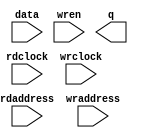
// megafunction wizard: %RAM: 2-PORT%VBB%
// GENERATION: STANDARD
// VERSION: WM1.0
// MODULE: altsyncram 

// ============================================================
// Megafunction Name(s):
// 			altsyncram
//
// Simulation Library Files(s):
// 			altera_mf
// ============================================================
// ************************************************************
// THIS IS A WIZARD-GENERATED FILE. DO NOT EDIT THIS FILE!
//
// 20.1.1 Build 720 11/11/2020 SJ Standard Edition
// ************************************************************

//Copyright (C) 2020  Intel Corporation. All rights reserved.
//Your use of Intel Corporation's design tools, logic functions 
//and other software and tools, and any partner logic 
//functions, and any output files from any of the foregoing 
//(including device programming or simulation files), and any 
//associated documentation or information are expressly subject 
//to the terms and conditions of the Intel Program License 
//Subscription Agreement, the Intel Quartus Prime License Agreement,
//the Intel FPGA IP License Agreement, or other applicable license
//agreement, including, without limitation, that your use is for
//the sole purpose of programming logic devices manufactured by
//Intel and sold by Intel or its authorized distributors.  Please
//refer to the applicable agreement for further details, at
//https://fpgasoftware.intel.com/eula.

module mf_linebuf (
	data,
	rdaddress,
	rdclock,
	wraddress,
	wrclock,
	wren,
	q);

	input	[15:0]  data;
	input	[10:0]  rdaddress;
	input	  rdclock;
	input	[10:0]  wraddress;
	input	  wrclock;
	input	  wren;
	output	[15:0]  q;
`ifndef ALTERA_RESERVED_QIS
// synopsys translate_off
`endif
	tri1	  wrclock;
	tri0	  wren;
`ifndef ALTERA_RESERVED_QIS
// synopsys translate_on
`endif

endmodule

// ============================================================
// CNX file retrieval info
// ============================================================
// Retrieval info: PRIVATE: ADDRESSSTALL_A NUMERIC "0"
// Retrieval info: PRIVATE: ADDRESSSTALL_B NUMERIC "0"
// Retrieval info: PRIVATE: BYTEENA_ACLR_A NUMERIC "0"
// Retrieval info: PRIVATE: BYTEENA_ACLR_B NUMERIC "0"
// Retrieval info: PRIVATE: BYTE_ENABLE_A NUMERIC "0"
// Retrieval info: PRIVATE: BYTE_ENABLE_B NUMERIC "0"
// Retrieval info: PRIVATE: BYTE_SIZE NUMERIC "8"
// Retrieval info: PRIVATE: BlankMemory NUMERIC "1"
// Retrieval info: PRIVATE: CLOCK_ENABLE_INPUT_A NUMERIC "0"
// Retrieval info: PRIVATE: CLOCK_ENABLE_INPUT_B NUMERIC "0"
// Retrieval info: PRIVATE: CLOCK_ENABLE_OUTPUT_A NUMERIC "0"
// Retrieval info: PRIVATE: CLOCK_ENABLE_OUTPUT_B NUMERIC "0"
// Retrieval info: PRIVATE: CLRdata NUMERIC "0"
// Retrieval info: PRIVATE: CLRq NUMERIC "0"
// Retrieval info: PRIVATE: CLRrdaddress NUMERIC "0"
// Retrieval info: PRIVATE: CLRrren NUMERIC "0"
// Retrieval info: PRIVATE: CLRwraddress NUMERIC "0"
// Retrieval info: PRIVATE: CLRwren NUMERIC "0"
// Retrieval info: PRIVATE: Clock NUMERIC "1"
// Retrieval info: PRIVATE: Clock_A NUMERIC "0"
// Retrieval info: PRIVATE: Clock_B NUMERIC "0"
// Retrieval info: PRIVATE: IMPLEMENT_IN_LES NUMERIC "0"
// Retrieval info: PRIVATE: INDATA_ACLR_B NUMERIC "0"
// Retrieval info: PRIVATE: INDATA_REG_B NUMERIC "0"
// Retrieval info: PRIVATE: INIT_FILE_LAYOUT STRING "PORT_B"
// Retrieval info: PRIVATE: INIT_TO_SIM_X NUMERIC "0"
// Retrieval info: PRIVATE: INTENDED_DEVICE_FAMILY STRING "Cyclone V"
// Retrieval info: PRIVATE: JTAG_ENABLED NUMERIC "0"
// Retrieval info: PRIVATE: JTAG_ID STRING "NONE"
// Retrieval info: PRIVATE: MAXIMUM_DEPTH NUMERIC "0"
// Retrieval info: PRIVATE: MEMSIZE NUMERIC "32768"
// Retrieval info: PRIVATE: MEM_IN_BITS NUMERIC "0"
// Retrieval info: PRIVATE: MIFfilename STRING ""
// Retrieval info: PRIVATE: OPERATION_MODE NUMERIC "2"
// Retrieval info: PRIVATE: OUTDATA_ACLR_B NUMERIC "0"
// Retrieval info: PRIVATE: OUTDATA_REG_B NUMERIC "1"
// Retrieval info: PRIVATE: RAM_BLOCK_TYPE NUMERIC "0"
// Retrieval info: PRIVATE: READ_DURING_WRITE_MODE_MIXED_PORTS NUMERIC "2"
// Retrieval info: PRIVATE: READ_DURING_WRITE_MODE_PORT_A NUMERIC "3"
// Retrieval info: PRIVATE: READ_DURING_WRITE_MODE_PORT_B NUMERIC "3"
// Retrieval info: PRIVATE: REGdata NUMERIC "1"
// Retrieval info: PRIVATE: REGq NUMERIC "1"
// Retrieval info: PRIVATE: REGrdaddress NUMERIC "1"
// Retrieval info: PRIVATE: REGrren NUMERIC "1"
// Retrieval info: PRIVATE: REGwraddress NUMERIC "1"
// Retrieval info: PRIVATE: REGwren NUMERIC "1"
// Retrieval info: PRIVATE: SYNTH_WRAPPER_GEN_POSTFIX STRING "0"
// Retrieval info: PRIVATE: USE_DIFF_CLKEN NUMERIC "0"
// Retrieval info: PRIVATE: UseDPRAM NUMERIC "1"
// Retrieval info: PRIVATE: VarWidth NUMERIC "0"
// Retrieval info: PRIVATE: WIDTH_READ_A NUMERIC "16"
// Retrieval info: PRIVATE: WIDTH_READ_B NUMERIC "16"
// Retrieval info: PRIVATE: WIDTH_WRITE_A NUMERIC "16"
// Retrieval info: PRIVATE: WIDTH_WRITE_B NUMERIC "16"
// Retrieval info: PRIVATE: WRADDR_ACLR_B NUMERIC "0"
// Retrieval info: PRIVATE: WRADDR_REG_B NUMERIC "0"
// Retrieval info: PRIVATE: WRCTRL_ACLR_B NUMERIC "0"
// Retrieval info: PRIVATE: enable NUMERIC "0"
// Retrieval info: PRIVATE: rden NUMERIC "0"
// Retrieval info: LIBRARY: altera_mf altera_mf.altera_mf_components.all
// Retrieval info: CONSTANT: ADDRESS_ACLR_B STRING "NONE"
// Retrieval info: CONSTANT: ADDRESS_REG_B STRING "CLOCK1"
// Retrieval info: CONSTANT: CLOCK_ENABLE_INPUT_A STRING "BYPASS"
// Retrieval info: CONSTANT: CLOCK_ENABLE_INPUT_B STRING "BYPASS"
// Retrieval info: CONSTANT: CLOCK_ENABLE_OUTPUT_B STRING "BYPASS"
// Retrieval info: CONSTANT: INTENDED_DEVICE_FAMILY STRING "Cyclone V"
// Retrieval info: CONSTANT: LPM_TYPE STRING "altsyncram"
// Retrieval info: CONSTANT: NUMWORDS_A NUMERIC "2048"
// Retrieval info: CONSTANT: NUMWORDS_B NUMERIC "2048"
// Retrieval info: CONSTANT: OPERATION_MODE STRING "DUAL_PORT"
// Retrieval info: CONSTANT: OUTDATA_ACLR_B STRING "NONE"
// Retrieval info: CONSTANT: OUTDATA_REG_B STRING "CLOCK1"
// Retrieval info: CONSTANT: POWER_UP_UNINITIALIZED STRING "FALSE"
// Retrieval info: CONSTANT: WIDTHAD_A NUMERIC "11"
// Retrieval info: CONSTANT: WIDTHAD_B NUMERIC "11"
// Retrieval info: CONSTANT: WIDTH_A NUMERIC "16"
// Retrieval info: CONSTANT: WIDTH_B NUMERIC "16"
// Retrieval info: CONSTANT: WIDTH_BYTEENA_A NUMERIC "1"
// Retrieval info: USED_PORT: data 0 0 16 0 INPUT NODEFVAL "data[15..0]"
// Retrieval info: USED_PORT: q 0 0 16 0 OUTPUT NODEFVAL "q[15..0]"
// Retrieval info: USED_PORT: rdaddress 0 0 11 0 INPUT NODEFVAL "rdaddress[10..0]"
// Retrieval info: USED_PORT: rdclock 0 0 0 0 INPUT NODEFVAL "rdclock"
// Retrieval info: USED_PORT: wraddress 0 0 11 0 INPUT NODEFVAL "wraddress[10..0]"
// Retrieval info: USED_PORT: wrclock 0 0 0 0 INPUT VCC "wrclock"
// Retrieval info: USED_PORT: wren 0 0 0 0 INPUT GND "wren"
// Retrieval info: CONNECT: @address_a 0 0 11 0 wraddress 0 0 11 0
// Retrieval info: CONNECT: @address_b 0 0 11 0 rdaddress 0 0 11 0
// Retrieval info: CONNECT: @clock0 0 0 0 0 wrclock 0 0 0 0
// Retrieval info: CONNECT: @clock1 0 0 0 0 rdclock 0 0 0 0
// Retrieval info: CONNECT: @data_a 0 0 16 0 data 0 0 16 0
// Retrieval info: CONNECT: @wren_a 0 0 0 0 wren 0 0 0 0
// Retrieval info: CONNECT: q 0 0 16 0 @q_b 0 0 16 0
// Retrieval info: GEN_FILE: TYPE_NORMAL mf_linebuf.v TRUE
// Retrieval info: GEN_FILE: TYPE_NORMAL mf_linebuf.inc FALSE
// Retrieval info: GEN_FILE: TYPE_NORMAL mf_linebuf.cmp FALSE
// Retrieval info: GEN_FILE: TYPE_NORMAL mf_linebuf.bsf FALSE
// Retrieval info: GEN_FILE: TYPE_NORMAL mf_linebuf_inst.v TRUE
// Retrieval info: GEN_FILE: TYPE_NORMAL mf_linebuf_bb.v TRUE
// Retrieval info: LIB_FILE: altera_mf